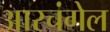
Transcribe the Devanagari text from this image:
आरचंगेल